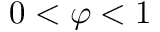
0 < \varphi < 1